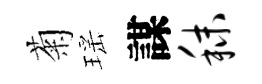
菊瑶謀秣